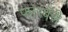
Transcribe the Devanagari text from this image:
फारबॅरी